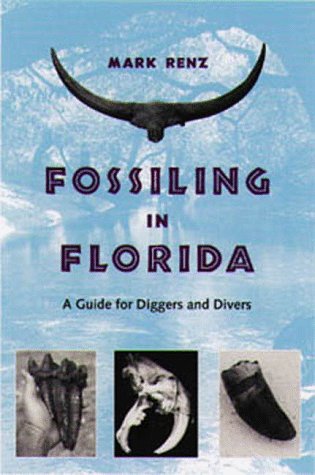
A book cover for Fossiling in Florida: A Guide for Diggers and Divers; Olin Mark Renz; Science & Math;